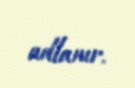
adlanır.